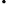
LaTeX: \mathrm{.}